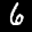
Label: 6